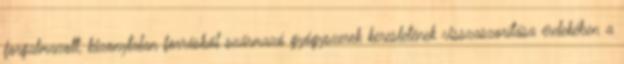
forgalmazott, bizonytalan forrásból származó gyógyszerek keresletének visszaszorítása érdekében a